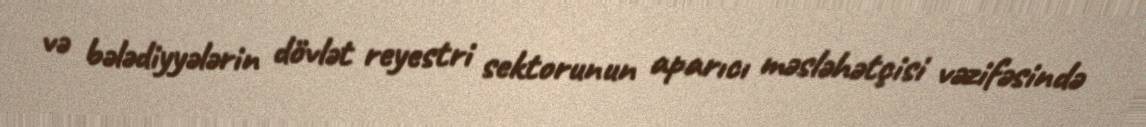
və bələdiyyələrin dövlət reyestri sektorunun aparıcı məsləhətçisi vəzifəsində